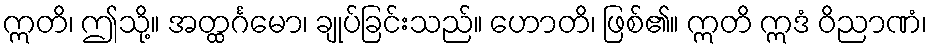
ဣတိ၊ ဤသို့။ အတ္ထင်္ဂမော၊ ချုပ်ခြင်းသည်။ ဟောတိ၊ ဖြစ်၏။ ဣတိ ဣဒံ ဝိညာဏံ၊